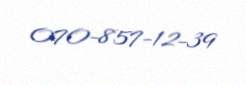
070-857-12-39